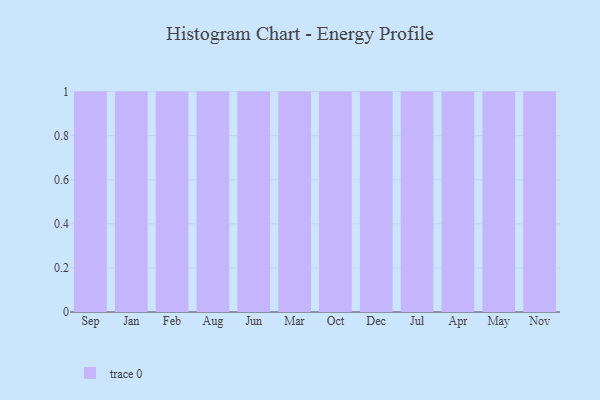
{"axis": {"x": "Month", "y": "Latency (ms)"}, "legend": [""], "data": [{"x": "Sep", "y": 18, "type": ""}, {"x": "Jan", "y": 38, "type": ""}, {"x": "Feb", "y": 35, "type": ""}, {"x": "Aug", "y": 75, "type": ""}, {"x": "Jun", "y": 38, "type": ""}, {"x": "Mar", "y": 78, "type": ""}, {"x": "Oct", "y": 23, "type": ""}, {"x": "Dec", "y": 98, "type": ""}, {"x": "Jul", "y": 37, "type": ""}, {"x": "Apr", "y": 41, "type": ""}, {"x": "May", "y": 50, "type": ""}, {"x": "Nov", "y": 65, "type": ""}]}